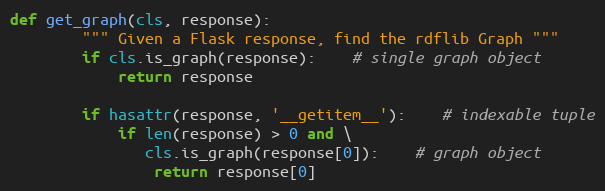
Language: Python
def get_graph(cls, response):
		""" Given a Flask response, find the rdflib Graph """
		if cls.is_graph(response):	# single graph object
			return response

		if hasattr(response, '__getitem__'):	# indexable tuple
			if len(response) > 0 and \
			   cls.is_graph(response[0]):	# graph object
				return response[0]